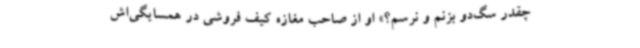
چقدر سگ‌دو بزنم و نرسم؟» او از صاحب مغازه کیف فروشی در همسایگی‌اش